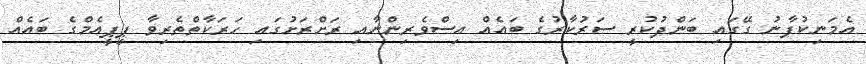
އެމަނިކުފާނު ގޭގައި ބަންދުކުރީ ސަރުކާރުގެ ބައެއް އިސްވެރިންނާއި ރަށްރަށުގައި ހަރަކާތްތެރިވާ ޕީޕީއެމްގެ ބައެއް